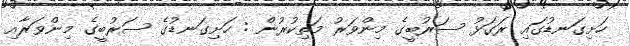
ހަށިގަނޑުގައި ރަގަޅު ސަރުބީގެ މިންވަރު މަތިކުރުން : ހަށިގަނޑުގެ ސަރުބީގެ މިންވަރާއި